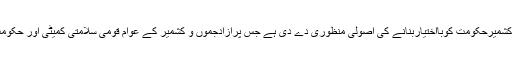
قومی سلامتی کمیٹی نے آزادکشمیرحکومت کوبااختیاربنانے کی اصولی منظوری دے دی ہے جس پرآزادجموں و کشمیر کے عوام قومی سلامتی کمیٹی اور حکومت پاکستان کے شکرگزارہیں۔